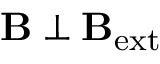
\mathbf { B } \perp \mathbf { B } _ { \mathrm { e x t } }